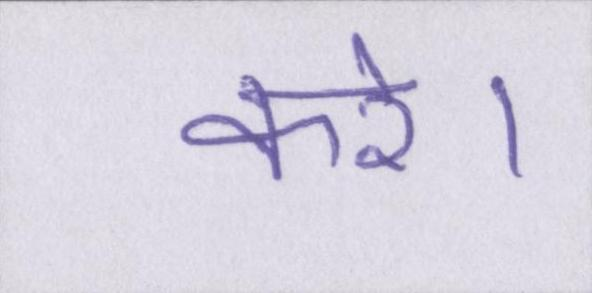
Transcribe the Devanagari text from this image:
करे।